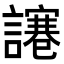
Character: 𧬯